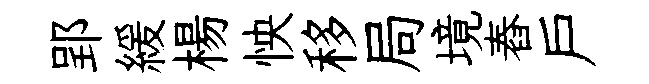
郢緩楊怏移局境舂戶